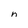
Character: n